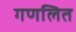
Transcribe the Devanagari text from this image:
गणलित